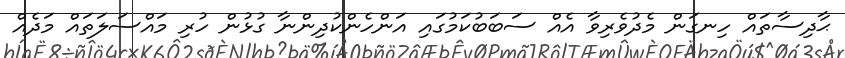
ޙާދިސާތައް ހިނގަން މެދުވެރިވާ އެއް ސަބަބުކަމުގައި އަންހެންކުދިންނާ ގުޅުން ހުރި މައްސަލަތައް މަދެއް